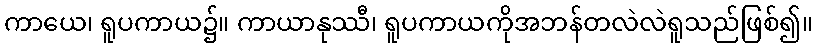
ကာယေ၊ ရူပကာယ၌။ ကာယာနုဿီ၊ ရူပကာယကိုအဘန်တလဲလဲရူသည်ဖြစ်၍။